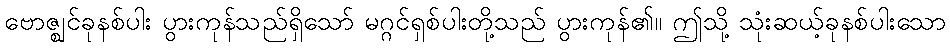
ဗောဇ္ဈင်ခုနစ်ပါး ပွားကုန်သည်ရှိသော် မဂ္ဂင်ရှစ်ပါးတို့သည် ပွားကုန်၏။ ဤသို့ သုံးဆယ့်ခုနစ်ပါးသော